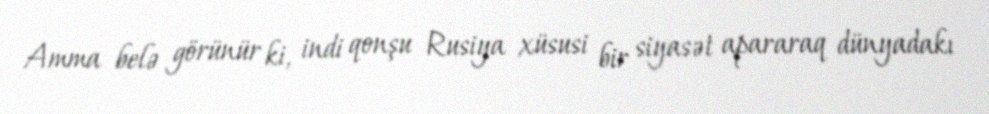
Amma belə görünür ki, indi qonşu Rusiya xüsusi bir siyasət apararaq dünyadakı